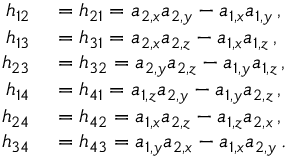
\begin{array} { r l } { h _ { 1 2 } } & { { } = h _ { 2 1 } = a _ { 2 , x } a _ { 2 , y } - a _ { 1 , x } a _ { 1 , y } \, , } \\ { h _ { 1 3 } } & { { } = h _ { 3 1 } = a _ { 2 , x } a _ { 2 , z } - a _ { 1 , x } a _ { 1 , z } \, , } \\ { h _ { 2 3 } } & { { } = h _ { 3 2 } = a _ { 2 , y } a _ { 2 , z } - a _ { 1 , y } a _ { 1 , z } \, , } \\ { h _ { 1 4 } } & { { } = h _ { 4 1 } = a _ { 1 , z } a _ { 2 , y } - a _ { 1 , y } a _ { 2 , z } \, , } \\ { h _ { 2 4 } } & { { } = h _ { 4 2 } = a _ { 1 , x } a _ { 2 , z } - a _ { 1 , z } a _ { 2 , x } \, , } \\ { h _ { 3 4 } } & { { } = h _ { 4 3 } = a _ { 1 , y } a _ { 2 , x } - a _ { 1 , x } a _ { 2 , y } \, . } \end{array}